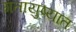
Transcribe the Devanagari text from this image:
गतायुष्यात